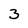
Character: 3